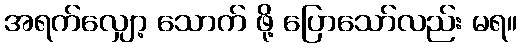
အရက်လျှော့ သောက် ဖို့ ပြောသော်လည်း မရ။